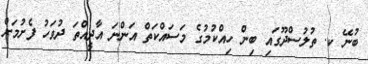
ބުނޭ ކ. ތުލުސްދޫގައި ބިން ހިއްކުމުގެ މަސައްކަތް އަންނަ އާދީއްތަ ދުވަހު ފެށުމަށް